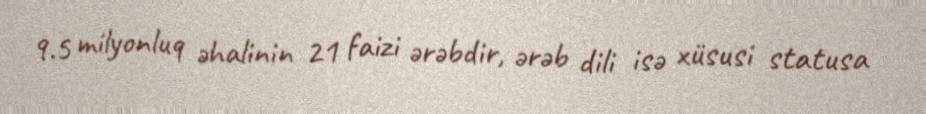
9.5 milyonluq əhalinin 21 faizi ərəbdir, ərəb dili isə xüsusi statusa